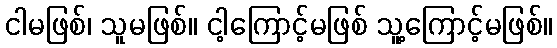
ငါမဖြစ်၊ သူမဖြစ်။ ငါ့ကြောင့်မဖြစ် သူ့ကြောင့်မဖြစ်။